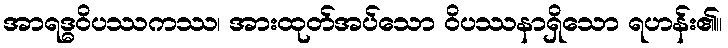
အာရဒ္ဓဝိပဿကဿ၊ အားထုတ်အပ်သော ဝိပဿနာရှိသော ရဟန်း၏။